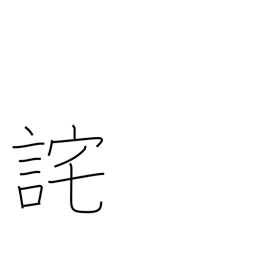
Meaning: apologize